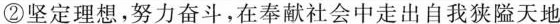
②坚定理想，努力奋斗，在奉献社会中走出自我狭隘天地